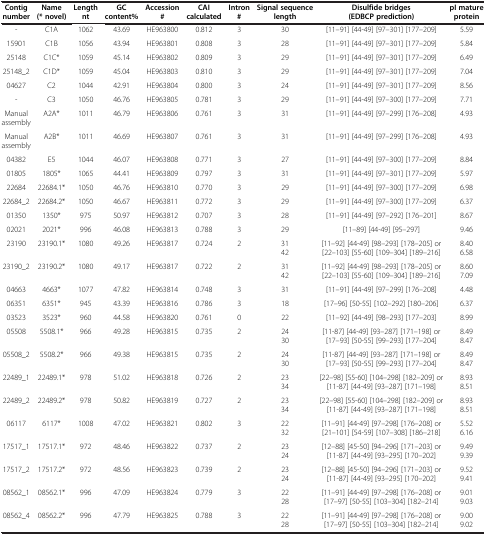
<table><thead><tr><td><b>Contig number</b></td><td><b>Name (* novel)</b></td><td><b>Length nt</b></td><td><b>GC content%</b></td><td><b>Accession #</b></td><td><b>CAI calculated</b></td><td><b>Intron #</b></td><td><b>Signal sequence length</b></td><td><b>Disulfide bridges (EDBCP prediction)</b></td><td><b>pI mature protein</b></td></tr></thead><tbody><tr><td>-</td><td>C1A</td><td>1062</td><td>43.69</td><td>HE963800</td><td>0.812</td><td>3</td><td>30</td><td>[11–91] [44-49] [97–301] [177–209]</td><td>5.59</td></tr><tr><td>15901</td><td>C1B</td><td>1056</td><td>43.94</td><td>HE963801</td><td>0.808</td><td>3</td><td>28</td><td>[11–91] [44-49] [97–301] [177–209]</td><td>5.84</td></tr><tr><td>25148</td><td>C1C*</td><td>1059</td><td>45.14</td><td>HE963802</td><td>0.809</td><td>3</td><td>29</td><td>[11–91] [44-49] [97–301] [177–209]</td><td>6.49</td></tr><tr><td>25148_2</td><td>C1D*</td><td>1059</td><td>45.04</td><td>HE963803</td><td>0.810</td><td>3</td><td>29</td><td>[11–91] [44-49] [97–301] [177–209]</td><td>7.04</td></tr><tr><td>04627</td><td>C2</td><td>1044</td><td>42.91</td><td>HE963804</td><td>0.800</td><td>3</td><td>24</td><td>[11–91] [44-49] [97–301] [177–209]</td><td>8.56</td></tr><tr><td>-</td><td>C3</td><td>1050</td><td>46.76</td><td>HE963805</td><td>0.781</td><td>3</td><td>29</td><td>[11–91] [44-49] [97–300] [177–209]</td><td>7.71</td></tr><tr><td>Manual assembly</td><td>A2A*</td><td>1011</td><td>46.79</td><td>HE963806</td><td>0.761</td><td>3</td><td>31</td><td>[11–91] [44-49] [97–299] [176–208]</td><td>4.93</td></tr><tr><td>Manual assembly</td><td>A2B*</td><td>1011</td><td>46.69</td><td>HE963807</td><td>0.761</td><td>3</td><td>31</td><td>[11–91] [44-49] [97–299] [176–208]</td><td>4.93</td></tr><tr><td>04382</td><td>E5</td><td>1044</td><td>46.07</td><td>HE963808</td><td>0.771</td><td>3</td><td>27</td><td>[11–91] [44-49] [97–300] [177–209]</td><td>8.84</td></tr><tr><td>01805</td><td>1805*</td><td>1065</td><td>44.41</td><td>HE963809</td><td>0.797</td><td>3</td><td>31</td><td>[11–91] [44-49] [97–301] [177–209]</td><td>5.97</td></tr><tr><td>22684</td><td>22684.1*</td><td>1050</td><td>46.76</td><td>HE963810</td><td>0.770</td><td>3</td><td>29</td><td>[11–91] [44-49] [97–300] [177–209]</td><td>6.98</td></tr><tr><td>22684_2</td><td>22684.2*</td><td>1050</td><td>46.67</td><td>HE963811</td><td>0.772</td><td>3</td><td>29</td><td>[11–91] [44-49] [97–300] [177–209]</td><td>6.37</td></tr><tr><td>01350</td><td>1350*</td><td>975</td><td>50.97</td><td>HE963812</td><td>0.707</td><td>3</td><td>28</td><td>[11–91] [44-49] [97–292] [176–201]</td><td>8.67</td></tr><tr><td>02021</td><td>2021*</td><td>996</td><td>46.08</td><td>HE963813</td><td>0.788</td><td>3</td><td>29</td><td>[11–89] [44-49] [95–297]</td><td>9.46</td></tr><tr><td>23190</td><td>23190.1*</td><td>1080</td><td>49.26</td><td>HE963817</td><td>0.724</td><td>2</td><td>31 42</td><td>[11–92] [44-49] [98–293] [178–205] or [22–103] [55-60] [109–304] [189–216]</td><td>8.40 6.58</td></tr><tr><td>23190_2</td><td>23190.2*</td><td>1080</td><td>49.17</td><td>HE963817</td><td>0.722</td><td>2</td><td>31 42</td><td>[11–92] [44-49] [98–293] [178–205] or [22–103] [55-60] [109–304] [189–216]</td><td>8.60 7.09</td></tr><tr><td>04663</td><td>4663*</td><td>1077</td><td>47.82</td><td>HE963814</td><td>0.748</td><td>3</td><td>31</td><td>[11–91] [44-49] [97–299] [176–208]</td><td>4.48</td></tr><tr><td>06351</td><td>6351*</td><td>945</td><td>43.39</td><td>HE963816</td><td>0.786</td><td>3</td><td>18</td><td>[17–96] [50-55] [102–292] [180–206]</td><td>6.37</td></tr><tr><td>03523</td><td>3523*</td><td>960</td><td>44.58</td><td>HE963820</td><td>0.761</td><td>0</td><td>22</td><td>[11–92] [44-49] [98–293] [177–203]</td><td>8.99</td></tr><tr><td>05508</td><td>5508.1*</td><td>966</td><td>49.28</td><td>HE963815</td><td>0.735</td><td>2</td><td>24 30</td><td>[11-87] [44-49] [93–287] [171–198] or [17–93] [50-55] [99–293] [177–204]</td><td>8.49 8.47</td></tr><tr><td>05508_2</td><td>5508.2*</td><td>966</td><td>49.38</td><td>HE963815</td><td>0.735</td><td>2</td><td>24 30</td><td>[11-87] [44-49] [93–287] [171–198] or [17–93] [50-55] [99–293] [177–204]</td><td>8.49 8.47</td></tr><tr><td>22489_1</td><td>22489.1*</td><td>978</td><td>51.02</td><td>HE963818</td><td>0.726</td><td>2</td><td>23 34</td><td>[22–98] [55-60] [104–298] [182–209] or [11-87] [44-49] [93–287] [171–198]</td><td>8.93 8.51</td></tr><tr><td>22489_2</td><td>22489.2*</td><td>978</td><td>50.82</td><td>HE963819</td><td>0.727</td><td>2</td><td>23 34</td><td>[22–98] [55-60] [104–298] [182–209] or [11-87] [44-49] [93–287] [171–198]</td><td>8.93 8.51</td></tr><tr><td>06117</td><td>6117*</td><td>1008</td><td>47.02</td><td>HE963821</td><td>0.802</td><td>3</td><td>22 32</td><td>[11–91] [44-49] [97–298] [176–208] or [21–101] [54-59] [107–308] [186–218]</td><td>5.52 6.16</td></tr><tr><td>17517_1</td><td>17517.1*</td><td>972</td><td>48.46</td><td>HE963822</td><td>0.737</td><td>2</td><td>23 24</td><td>[12–88] [45-50] [94–296] [171–203] or [11-87] [44-49] [93–295] [170–202]</td><td>9.49 9.39</td></tr><tr><td>17517_2</td><td>17517.2*</td><td>972</td><td>48.56</td><td>HE963823</td><td>0.739</td><td>2</td><td>23 24</td><td>[12–88] [45-50] [94–296] [171–203] or [11-87] [44-49] [93–295] [170–202]</td><td>9.52 9.41</td></tr><tr><td>08562_1</td><td>08562.1*</td><td>996</td><td>47.09</td><td>HE963824</td><td>0.779</td><td>3</td><td>22 28</td><td>[11–91] [44-49] [97–298] [176–208] or [17–97] [50-55] [103–304] [182–214]</td><td>9.01 9.03</td></tr><tr><td>08562_4</td><td>08562.2*</td><td>996</td><td>47.79</td><td>HE963825</td><td>0.788</td><td>3</td><td>22 28</td><td>[11–91] [44-49] [97–298] [176–208] or [17–97] [50-55] [103–304] [182–214]</td><td>9.00 9.02</td></tr></tbody></table>